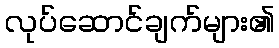
လုပ်ဆောင်ချက်များ၏